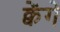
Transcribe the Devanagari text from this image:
क्वेंगे